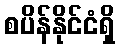
စပိန်နိုင်ငံရှိ